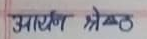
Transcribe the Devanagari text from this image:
आर्यणि श्रेष्ठ